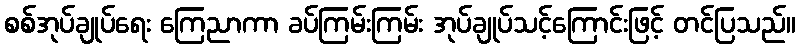
စစ်အုပ်ချုပ်ရေး ကြေညာကာ ခပ်ကြမ်းကြမ်း အုပ်ချုပ်သင့်ကြောင်းဖြင့် တင်ပြသည်။